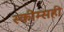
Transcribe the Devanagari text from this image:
स्कीम्सही